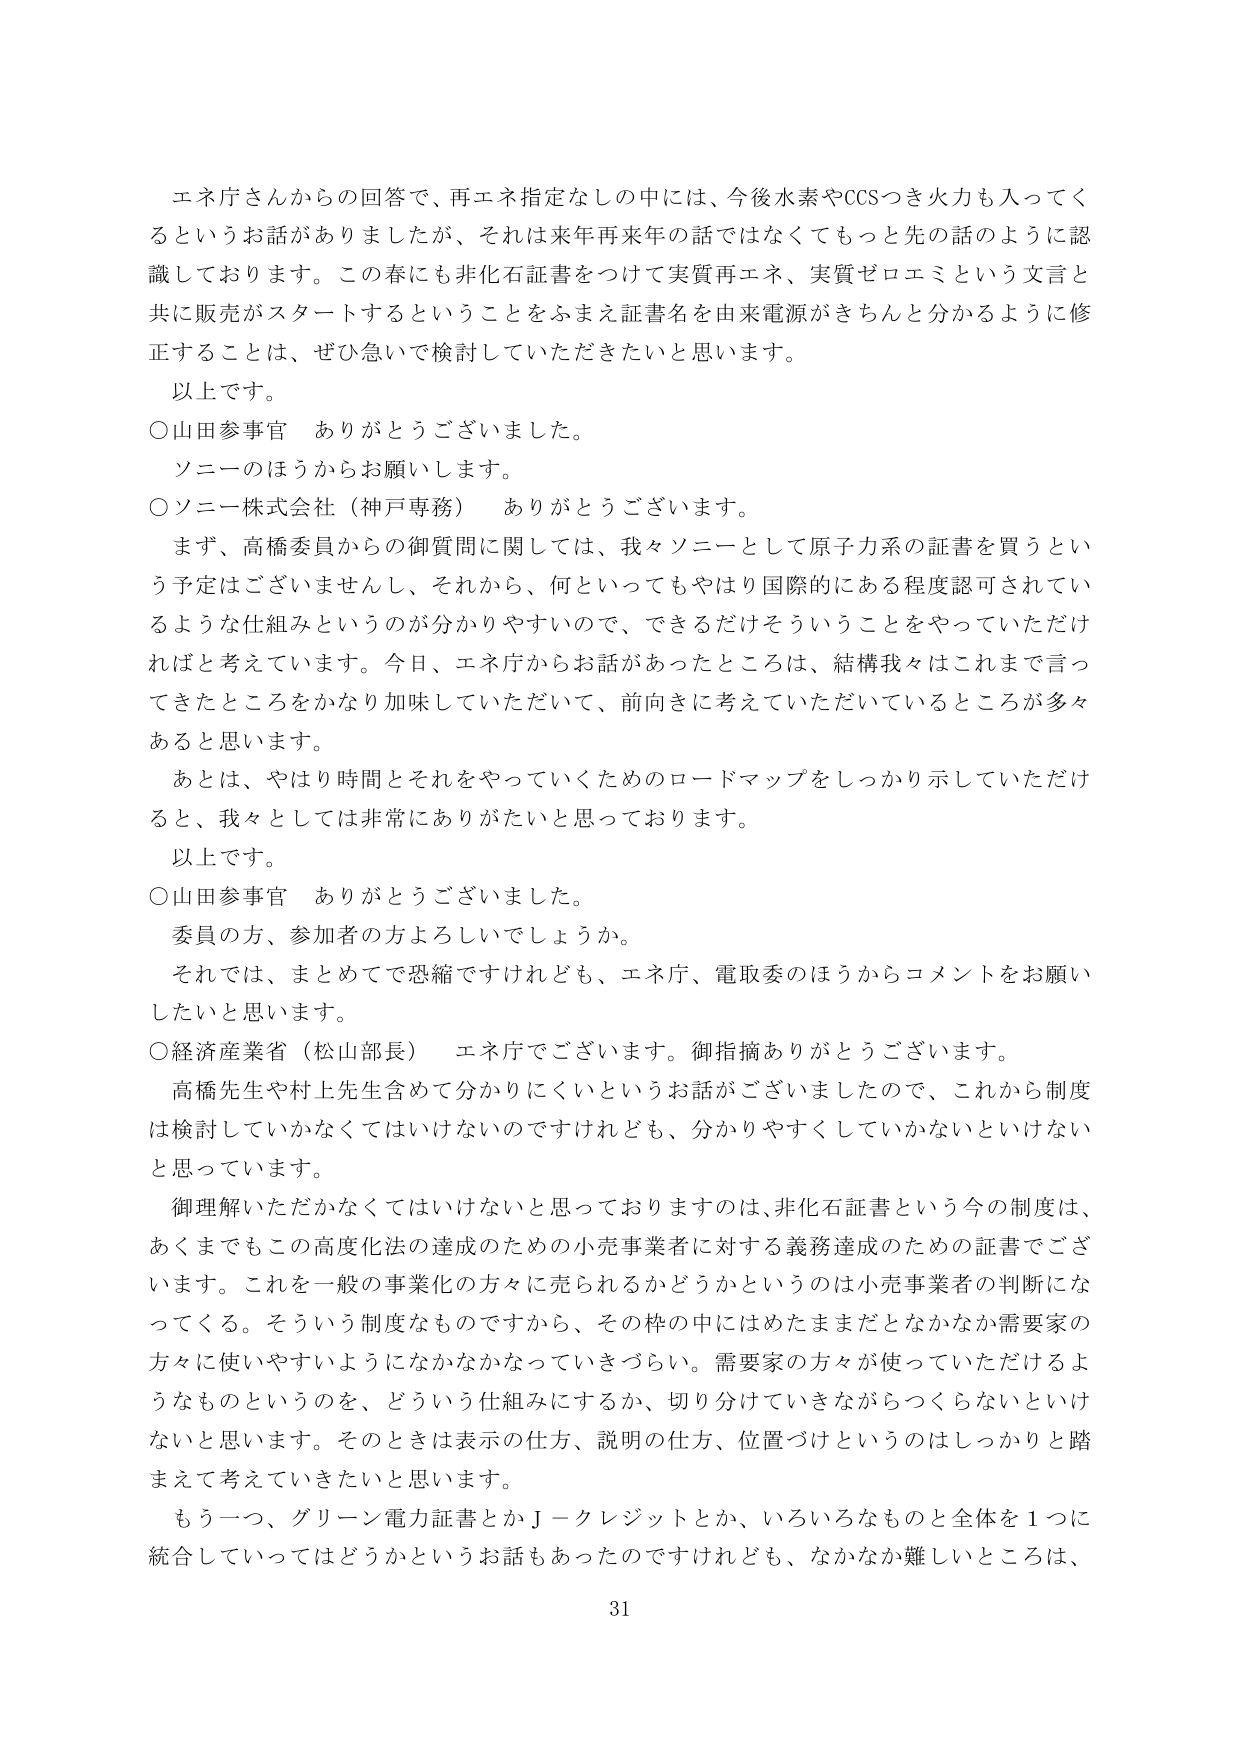
エネ庁さんからの回答で、再エネ指定なしの中には、今後水素やCCSつき火力も入ってくるというお話がありました が、それは来年再来年の話ではなくてもっと先の話のように認識しております。この春にも非化石証書をつけて実質再エネ、実質ゼロエミという文言と共に販売がスタートするということをふまえ証書名を由来電源がきちんと分かるように修正することは、ぜひ急いで検討していただきたいと思います。

以上です。

○山田参事官　ありがとうございました。
　ソニーのほうからお願いします。

○ソニー株式会社（神戸専務）　ありがとうございます。
　まず、高橋委員からの御質問に関しては、我々ソニーとして原子力系の証書を買うという予定はございませんし、それから、何といってもやはり国際的にある程度認可されているような仕組みというのが分かりやすいので、できるだけそういうことをやっていただければと考えています。今日、エネ庁からお話があったところは、結構我々はこれまで言ってきたところをかなり加味していただいて、前向きに考えていただいているところが多々あると思います。
　あとは、やはり時間とそれをやっていくためのロードマップをしっかり示していただけると、我々としては非常にありがたいと思っております。

以上です。

○山田参事官　ありがとうございました。
　委員の方、参加者の方よろしいでしょうか。
　それでは、まとめてで恐縮ですけれども、エネ庁、電取委のほうからコメントをお願いしたいと思います。

○経済産業省（松山部長）　エネ庁でございます。御指摘ありがとうございます。
　高橋先生や村上先生含めて分かりにくいというお話がございましたので、これから制度は検討していかなくてはいけないのですけれども、分かりやすくしていかないといけないと思っています。
　御理解いただかなくてはいけないと思っておりますのは、非化石証書という今の制度は、あくまでもこの高度化法の達成のための小売事業者に対する義務達成のための証書でございます。これを一般の事業化の方々に売られるかどうかというのは小売事業者の判断になってくる。そういう制度なものですから、その枠の中にはめたままだとなかなか需要家の方々に使いやすいようになかなかなっていきづらい。需要家の方々が使っていただけるようなものというのを、どういう仕組みにするか、切り分けていきながらつくらないといけないと思います。そのときは表示の仕方、説明の仕方、位置づけというのはしっかりと踏まえて考えていきたいと思います。
　もう一つ、グリーン電力証書とかＪ－クレジットとか、いろいろなものと全体を１つに統合していってはどうかというお話もあったのですけれども、なかなか難しいところは、

31